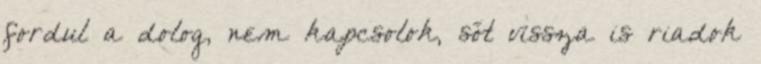
fordul a dolog, nem kapcsolok, sőt vissza is riadok